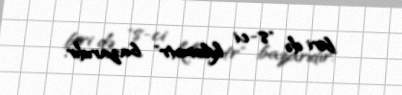
biri də "8-ci kilometr" bazarıdır.